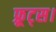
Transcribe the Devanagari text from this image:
फ्रूट्स।